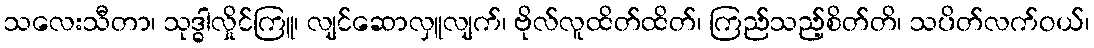
သလေးသီတာ၊ သုဒ္ဓါလှိုင်ကြူ၊ လျင်ဆောလှူလျက်၊ ဗိုလ်လူထိတ်ထိတ်၊ ကြည်သည့်စိတ်တိ၊ သပိတ်လက်ဝယ်၊